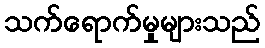
သက်ရောက်မှုများသည်